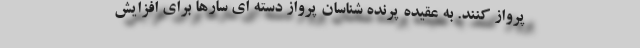
پرواز کنند. به عقیده پرنده شناسان پرواز دسته ای سارها برای افزایش